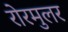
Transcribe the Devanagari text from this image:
रोरमुलर